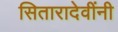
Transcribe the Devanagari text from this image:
सितारादेवींनी